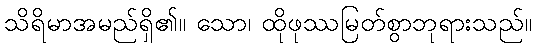
သိရိမာအမည်ရှိ၏။ သော၊ ထိုဖုဿမြတ်စွာဘုရားသည်။